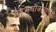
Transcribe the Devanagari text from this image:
संदर्भचौकटीचा